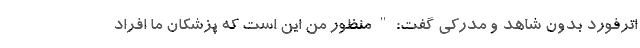
اترفورد بدون شاهد و مدرکی گفت:"منظور من این است که پزشکان ما افراد